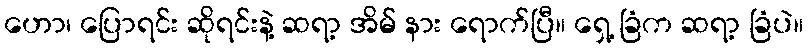
ဟော၊ ပြောရင်း ဆိုရင်းနဲ့ ဆရာ့ အိမ် နား ရောက်ပြီ။ ရှေ့ ခြံက ဆရာ့ ခြံပဲ။